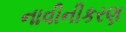
નાવીનીકરણ